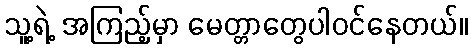
သူ့ရဲ့ အကြည့်မှာ မေတ္တာတွေပါဝင်နေတယ်။